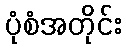
ပုံစံအတိုင်း